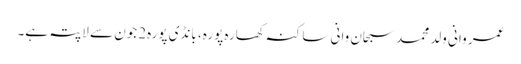
عمر وانی ولد محمد سبحان وانی ساکنہ کھارہ پورہ، بانڈی پورہ2جون سے لاپتہ ہے۔